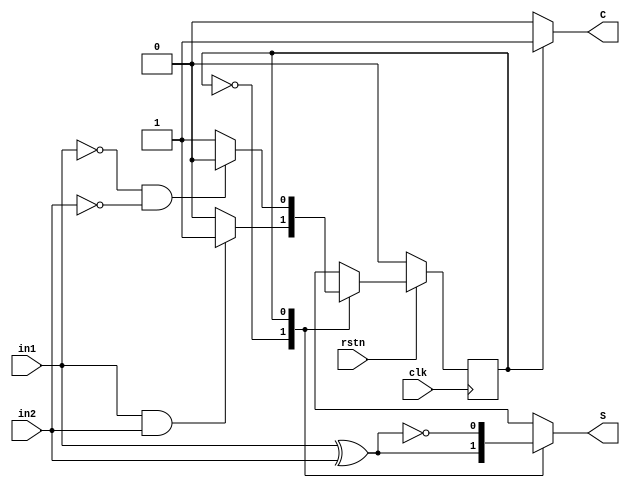
// A 1 bit adder implementation
// Inputs :
// 		in1, in2	-- Single bit inputs to FSM adder 
// Outputs:
//		S, Cout 	-- Sum and Carry out values
module adder_1bit_fsm
(
	input clk,
	input rstn,
	input in1,
	input in2,

	output S,
	output C 
);

// States for Adder Carry
// S0 - Carry NOT present
// S1 - Carry present
// 				(in1, in2/S)
// 00/0 S0		  11/0 --> S1 01/0
// 01/1 S0	<--	00/1     S1 10/0
// 10/1 S0               S1 11/1
localparam S0 = 0;
localparam S1 = 1;

// register store Carry states
reg C_state, C_nxt;
reg S_nxt;

// Update next state
always @(posedge clk) begin
	if (!rstn) begin
		C_state <= S0;
	end else begin
		C_state <= C_nxt;
	end
end

// Obtain next state equation
always @(*) begin
	C_nxt = C_state;
	S_nxt = 1'b0;
	case (C_state) 
		S0 : begin
			S_nxt = in1 ^ in2;
			if (in1 & in2) 
				C_nxt = S1;
		end

		S1 : begin
			S_nxt = ~(in1 ^ in2);
			if (~in1 & ~in2)
				C_nxt = S0;
		end
	endcase
end

// Determine Sum and Carry
// Carry is 1 cycle late compared to Sum
assign C = (C_state == S1) ? 1'b1 : 1'b0;
assign S = S_nxt;

endmodule